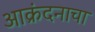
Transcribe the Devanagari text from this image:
आक्रंदनाचा